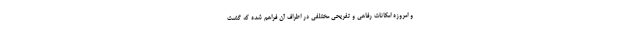
و امروزه امکانات رفاهی و تفریحی مختلفی در اطراف آن فراهم شده که گشت